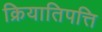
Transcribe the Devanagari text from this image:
क्रियातिपत्ति